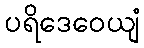
ပရိဒေဝေယျံ